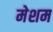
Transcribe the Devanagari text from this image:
मेशम